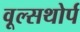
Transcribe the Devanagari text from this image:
वूल्सथोर्प